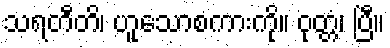
သရတီတိ၊ ဟူသောစကားကို။ ဝုတ္တံ၊ ပြီ။